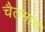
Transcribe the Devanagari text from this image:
चैतमास